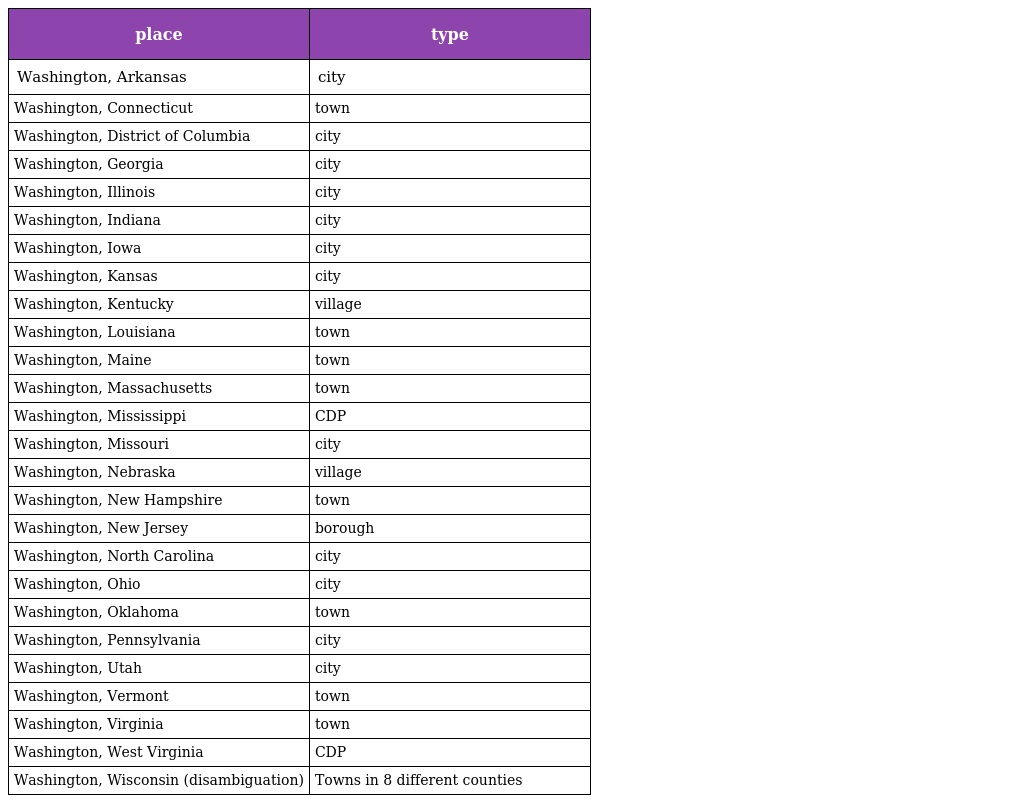
| place | type |
 | --- | --- |
 | Washington, Arkansas | city |
 | Washington, Connecticut | town |
 | Washington, District of Columbia | city |
 | Washington, Georgia | city |
 | Washington, Illinois | city |
 | Washington, Indiana | city |
 | Washington, Iowa | city |
 | Washington, Kansas | city |
 | Washington, Kentucky | village |
 | Washington, Louisiana | town |
 | Washington, Maine | town |
 | Washington, Massachusetts | town |
 | Washington, Mississippi | CDP |
 | Washington, Missouri | city |
 | Washington, Nebraska | village |
 | Washington, New Hampshire | town |
 | Washington, New Jersey | borough |
 | Washington, North Carolina | city |
 | Washington, Ohio | city |
 | Washington, Oklahoma | town |
 | Washington, Pennsylvania | city |
 | Washington, Utah | city |
 | Washington, Vermont | town |
 | Washington, Virginia | town |
 | Washington, West Virginia | CDP |
 | Washington, Wisconsin (disambiguation) | Towns in 8 different counties |